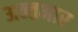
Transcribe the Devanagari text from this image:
अन्तभार